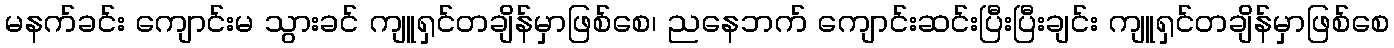
မနက်ခင်း ကျောင်းမ သွားခင် ကျူရှင်တချိန်မှာဖြစ်စေ၊ ညနေဘက် ကျောင်းဆင်းပြီးပြီးချင်း ကျူရှင်တချိန်မှာဖြစ်စေ